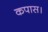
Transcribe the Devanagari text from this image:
कपास।